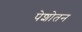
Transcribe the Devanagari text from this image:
पेशोतन